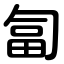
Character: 匐